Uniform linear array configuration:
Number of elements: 24
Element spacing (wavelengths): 0.75
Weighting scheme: blackman
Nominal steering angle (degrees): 60
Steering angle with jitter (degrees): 60.668
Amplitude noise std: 0.05
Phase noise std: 0.05

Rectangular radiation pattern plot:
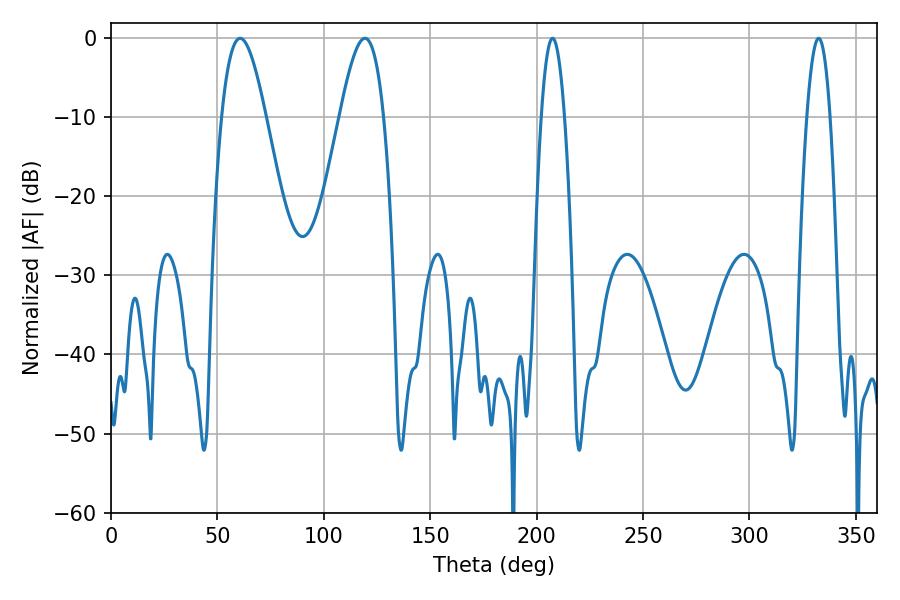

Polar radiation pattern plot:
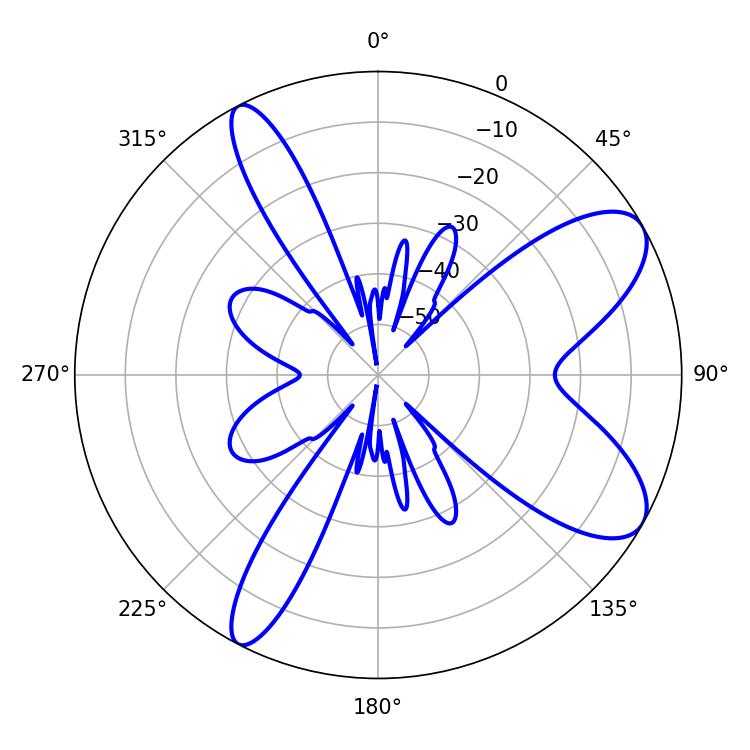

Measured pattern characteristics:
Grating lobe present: TRUE
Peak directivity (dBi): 8.687
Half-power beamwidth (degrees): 11.16
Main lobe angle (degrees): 60.66